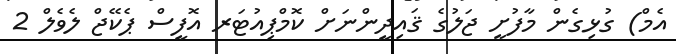
އެމް) ގުޅިގެން މާފުށީ ޖަލުގެ ޤައިދީންނަށް ކޮމްޕިއުޓަރ އޮފީސް ޕެކޭޖް ލެވެލް 2